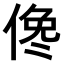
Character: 𠋂